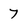
Character: 7